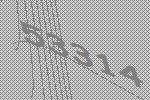
53314